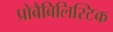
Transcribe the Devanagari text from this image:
प्रोबैबिलिस्टिक